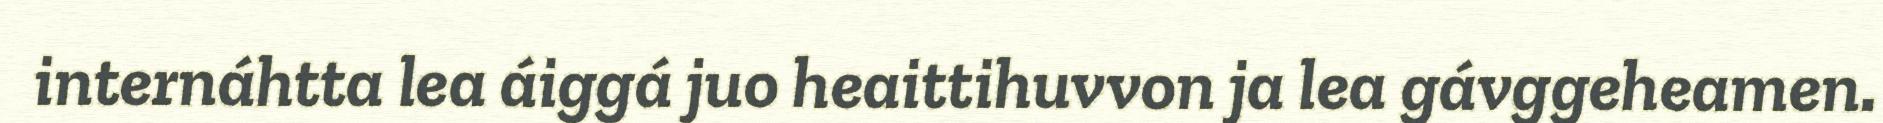
internáhtta lea áiggá juo heaittihuvvon ja lea gávggeheamen.